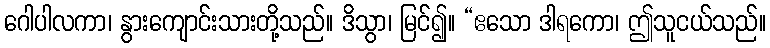
ဂေါပါလကာ၊ နွားကျောင်းသားတို့သည်။ ဒိသွာ၊ မြင်၍။ “ဧသော ဒါရကော၊ ဤသူငယ်သည်။